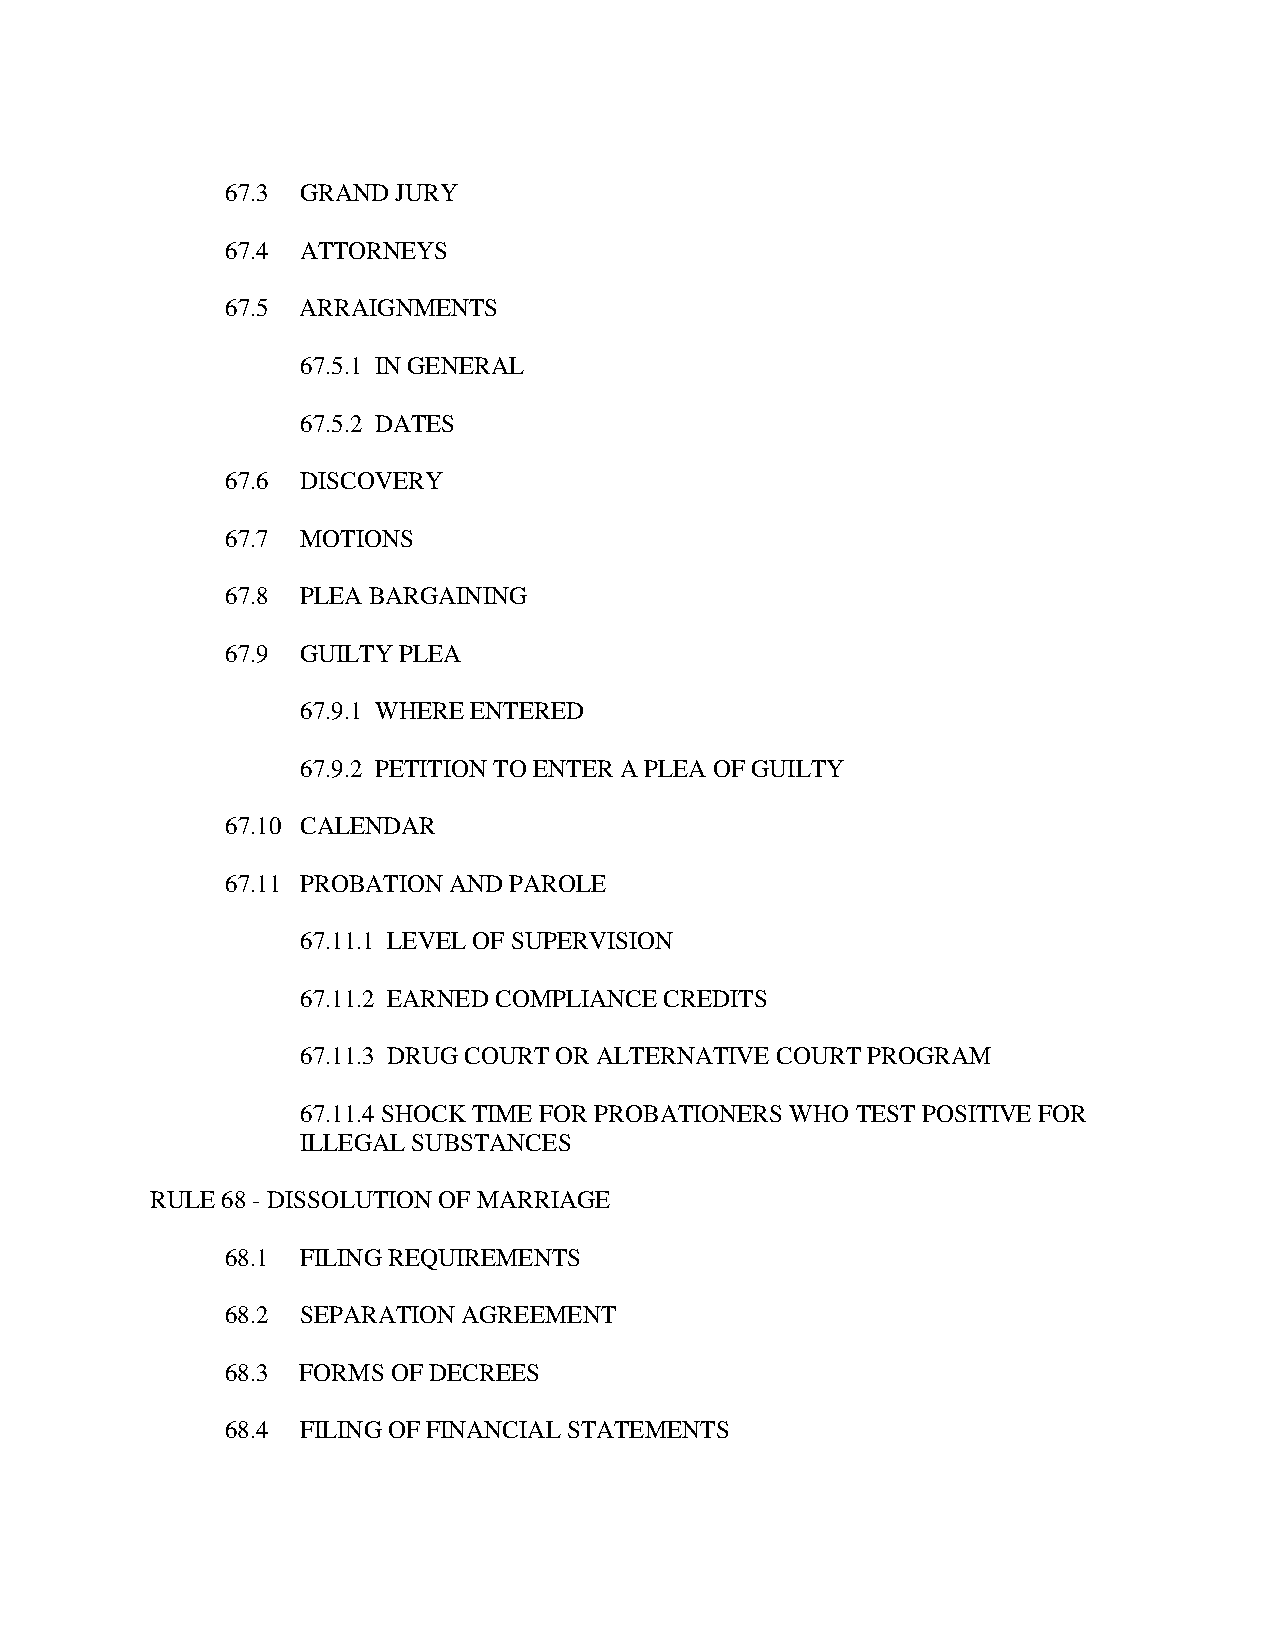
67.3 GRAND JURY
 67.4 ATTORNEYS
 67.5 ARRAIGNMENTS
 67.5.1 IN GENERAL
 67.5.2 DATES
 67.6 DISCOVERY
 67.7 MOTIONS
 67.8 PLEA BARGAINING
 67.9 GUILTY PLEA
 67.9.1 WHERE ENTERED
 67.9.2 PETITION TO ENTER A PLEA OF GUILTY
 67.10 CALENDAR
 67.11 PROBATION AND PAROLE
 67.11.1 LEVEL OF SUPERVISION
 67.11.2 EARNED COMPLIANCE CREDITS
 67.11.3 DRUG COURT OR ALTERNATIVE COURT PROGRAM
 67.11.4 SHOCK TIME FOR PROBATIONERS WHO TEST POSITIVE FOR
 ILLEGAL SUBSTANCES
 RULE 68 - DISSOLUTION OF MARRIAGE
 68.1 FILING REQUIREMENTS
 68.2 SEPARATION AGREEMENT
 68.3 FORMS OF DECREES
 68.4 FILING OF FINANCIAL STATEMENTS